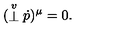
( \stackrel { \scriptstyle v } { \bot } { \dot { p } } ) ^ { \mu } = 0 .